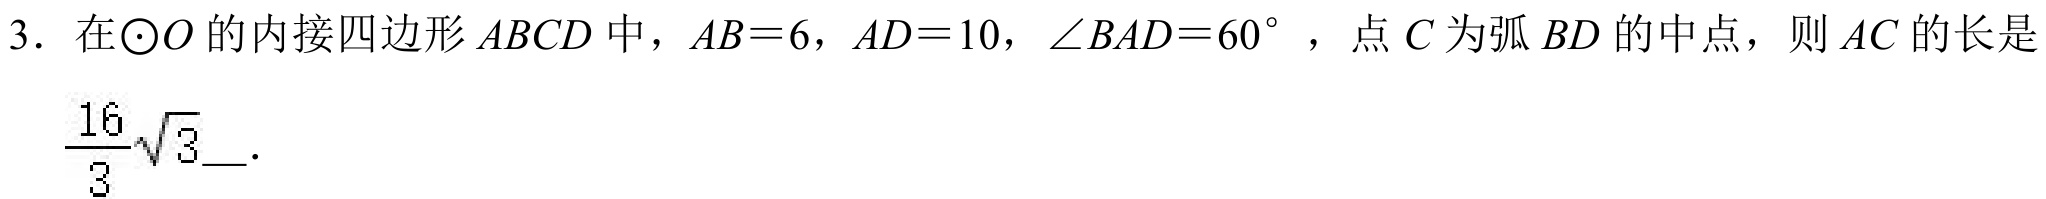
3. 在\(\odot O\)的内接四边形\(ABCD\)中，\(AB = 6\)，\(AD = 10\)，\(\angle BAD = 60^{\circ}\)，点\(C\)为弧\(BD\)的中点，则\(AC\)的长是\(\dfrac{16}{3}\sqrt{3}\)___.